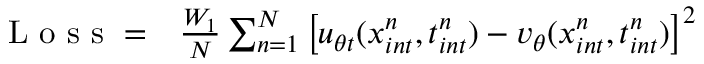
\begin{array} { r l } { \mathrm { ~ L ~ o ~ s ~ s ~ } = } & { { } \frac { W _ { 1 } } { N } \sum _ { n = 1 } ^ { N } \left[ u _ { \theta t } ( x _ { i n t } ^ { n } , t _ { i n t } ^ { n } ) - v _ { \theta } ( x _ { i n t } ^ { n } , t _ { i n t } ^ { n } ) \right] ^ { 2 } } \end{array}